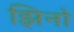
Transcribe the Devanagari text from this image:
झिनो